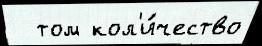
  том кол'и́чество